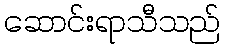
ဆောင်းရာသီသည်